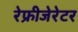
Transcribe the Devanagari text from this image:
रेफ्रीजेरेटर